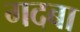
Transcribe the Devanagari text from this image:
गदबा